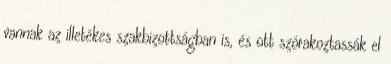
vannak az illetékes szakbizottságban is, és ott szórakoztassák el